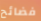
فضائح